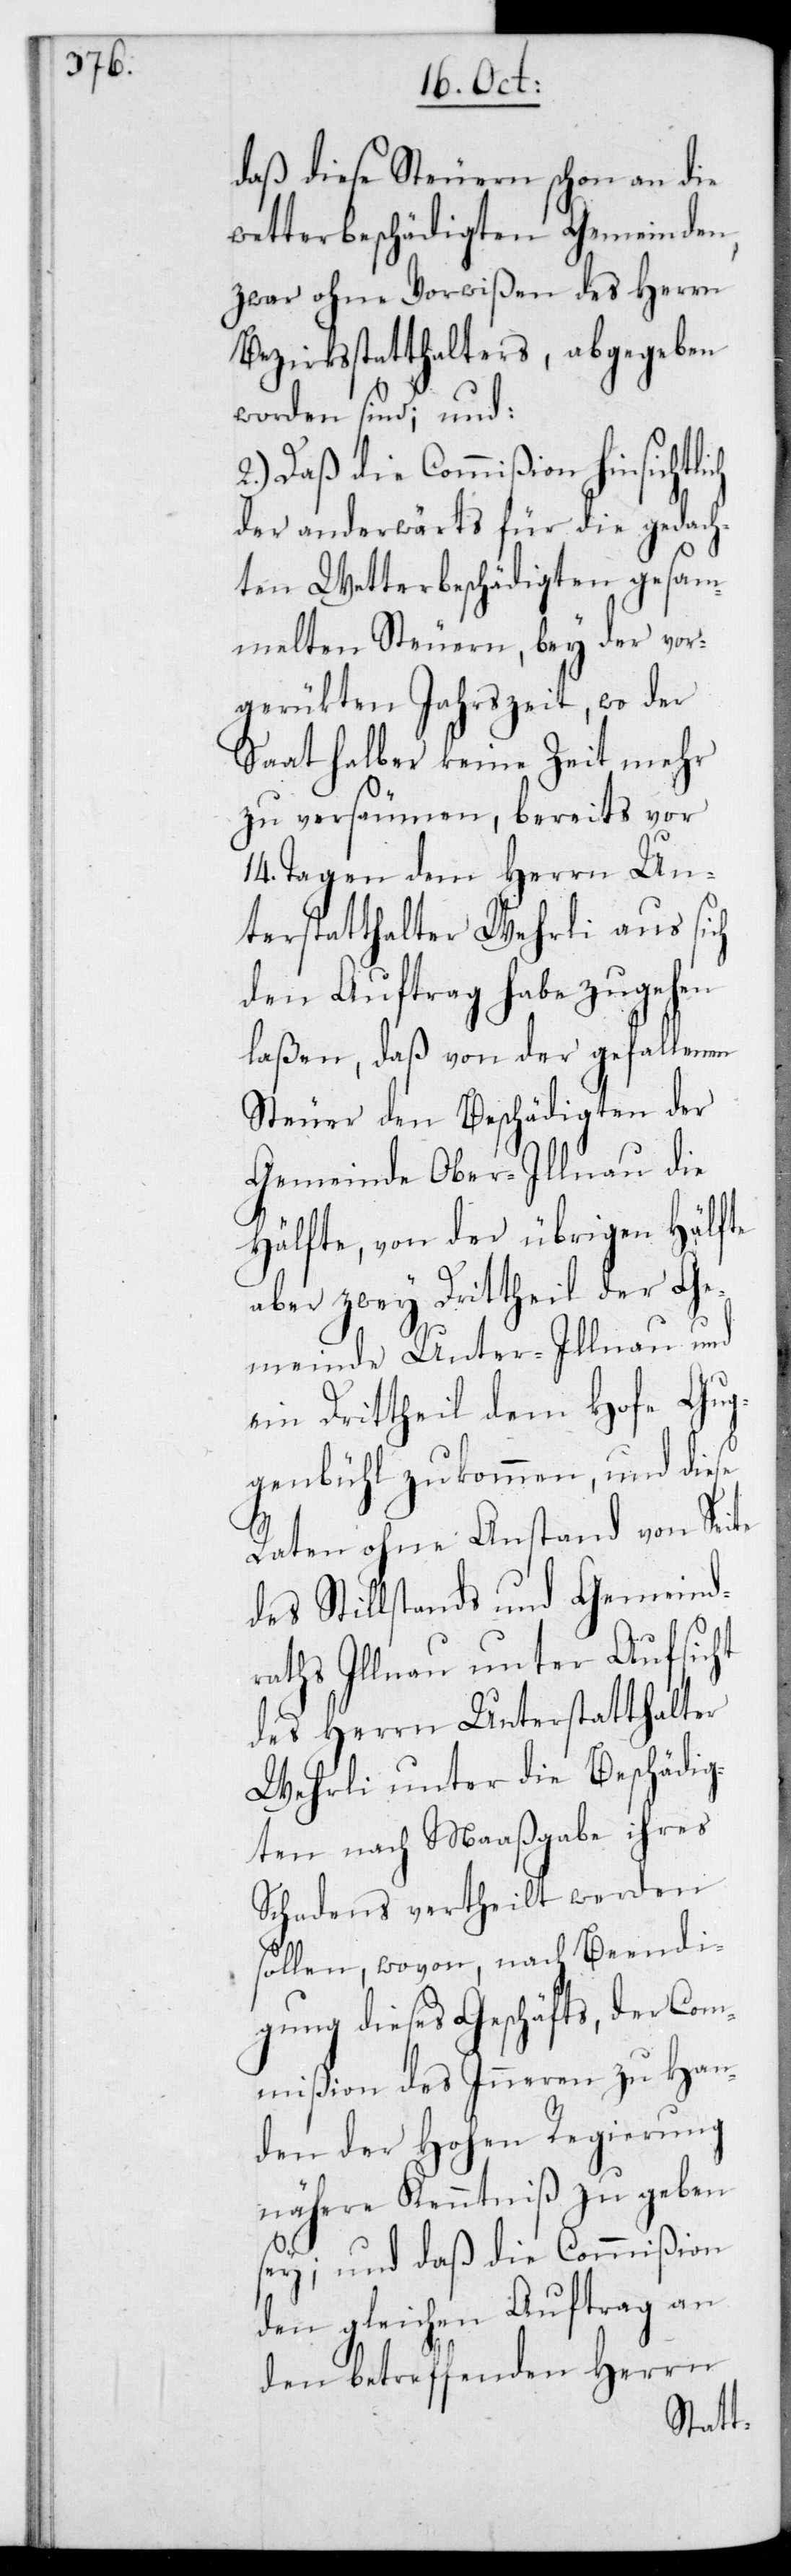
daß diese Steuern schon an die
wetterbeschädigten Gemeinden,
zwar ohne Vorwißen des Herrn
Bezirksstatthalters, abgegeben
worden sind, und
2.) Daß die Commißion hinsichtli¬
der anderwärts für die gedach¬
ten Wetterbeschädigten gesam¬
melten Steuern, bey der vor¬
gerückten Jahrszeit, wo der
Saat halber keine Zeit mehr
zu versäumen, bereits vor
14 Tagen dem Herrn Un¬
terstatthalter Wehrli aus sich
den Auftrag habe zugehen
laßen, daß von der gefallenen
Steuer den Beschädigten der
Gemeinde Ober-Illnau die
Hälfte, von der übrigen Hälfte
aber zwey Drittheil der Ge¬
meinde Unter-Illnau und
ein Drittheil dem Hofe Gug¬
genbühl zukommen, und diese
ch
Raten ohne Anstand von Seite
des Stillstands und Gemeind¬
raths Illnau unter Aufsicht
des Herrn Unterstatthalter
Wehrli unter die Beschädig¬
ten nach Maaßgabe ihres
Schadens vertheilt werden
sollen, wovon, nach Beendi¬
gung dieses Geschäfts, der Com¬
mißion des Inneren zu Han¬
den der Hohen Regierung
nähere Kenntniß zu geben
sey; und daß die Commißion
den gleichen Auftrag an
den betreffenden Herrn